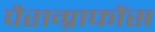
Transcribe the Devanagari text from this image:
पैराग्राफोंस